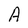
Character: A